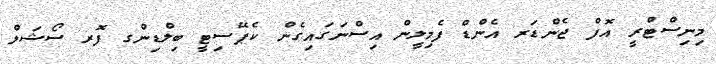
މިނިސްޓްރީ އޮފް ޖެންޑަރ އެންޑް ފެމިލީން އިސްނަގައިގެން ކެޕޭސިޓީ ބިލްޑިންގ ފޮރ ސޯޝަލް